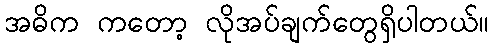
အဓိက ကတော့ လိုအပ်ချက်တွေရှိပါတယ်။